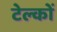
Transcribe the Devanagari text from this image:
टेल्कों